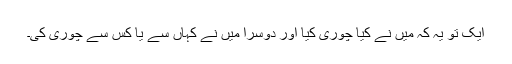
ایک تو یہ کہ میں نے کیا چوری کیا اور دوسرا میں نے کہاں سے یا کس سے چوری کی۔